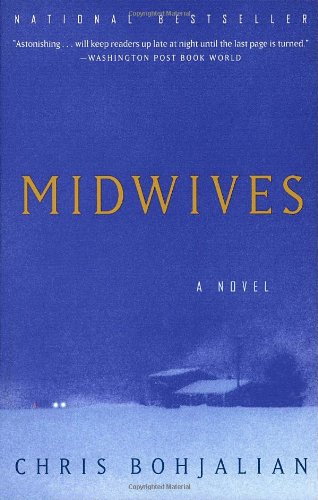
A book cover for Midwives (Oprah's Book Club); Chris Bohjalian; Mystery, Thriller & Suspense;